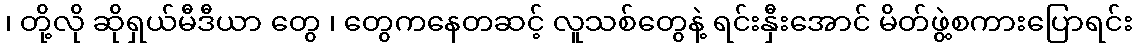
၊ တို့လို ဆိုရှယ်မီဒီယာ တွေ ၊ တွေကနေတဆင့် လူသစ်တွေနဲ့ ရင်းနှီးအောင် မိတ်ဖွဲ့စကားပြောရင်း